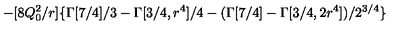
- [ 8 Q _ { 0 } ^ { 2 } / r ] \{ \Gamma [ 7 / 4 ] / 3 - \Gamma [ 3 / 4 , r ^ { 4 } ] / 4 - ( \Gamma [ 7 / 4 ] - \Gamma [ 3 / 4 , 2 r ^ { 4 } ] ) / 2 ^ { 3 / 4 } \}